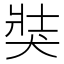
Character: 𤞛